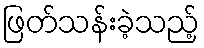
ဖြတ်သန်းခဲ့သည့်